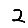
Digit: 2